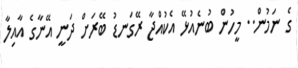
ގެ ނަމުން.. މީހުން ބުނެއުޅޭ އެކުއްޖާ ރޭގަނޑު ބޭރަށް ދަނީ އޭނާގެ އާއިލާ